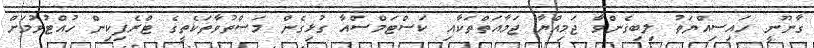
ގާނޫނީ ހައިސިއްޔަތު ލިބިގެންވާ ޖަމިއްޔާ ޖަމާއަތްތަކާއި ކަސްޓަމްސްއާ ގުޅިގެން މަސްތުވާތަކެތީގެ ޓްރެފިކިން ހުއްޓުވުމަށް